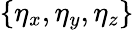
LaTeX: \{ \eta_{x},\eta_{y},\eta_{z}\}